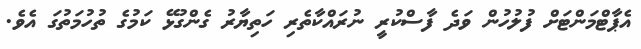
އެޕާޓްމަންޓަށް ފުލުހުން ވަދެ ފާސްކުރީ ނުރައްކާތެރި ހަތިޔާރު ގެންގުޅޭ ކަމުގެ ތުހުމަތުގަ އެވެ.